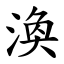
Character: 渙